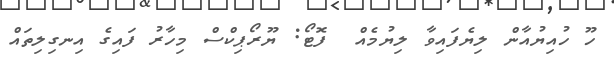
ހޫ ހުއިޔުއާން ލިޔެފައިވާ ލިޔުމެއް  ފޮޓޯ: ޔޫރޯޕިކްސް މިހާރު ފައިގެ އިނގިލިތައް